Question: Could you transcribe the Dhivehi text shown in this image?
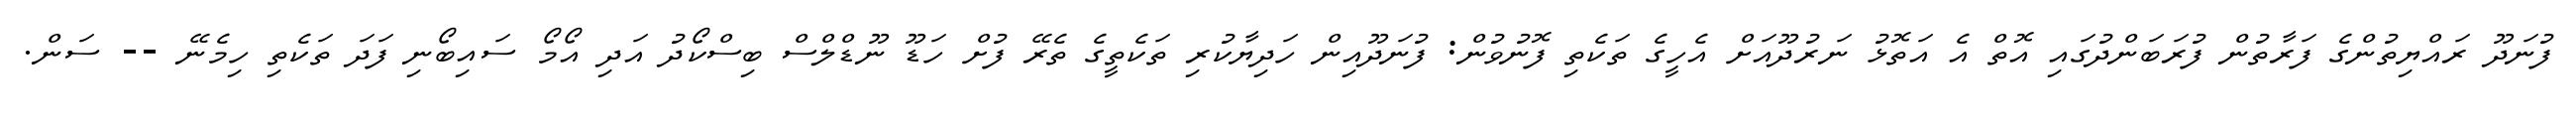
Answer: ފުނަދޫ ރައްޔިތުންގެ ފަރާތުން ފުރަބަންދުގައި އޮތް އެ އަތޮޅު ނަރުދޫއަށް އެހީގެ ތަކެތި ފޮނުވުން: ފުނަދޫއިން ހަދިޔާކުރި ތަކެތީގެ ތެރޭ ފުށް ހަޑޫ ނޫޑްލްސް ބިސްކޯދު އަދި އޯމޯ ސައިބޯނި ފަދަ ތަކެތި ހިމެނޭ -- ސަން.